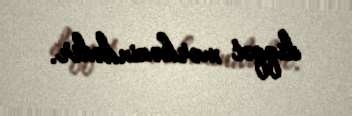
diqqət mərkəzindədir.